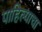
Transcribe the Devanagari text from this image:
पाहिल्याचा